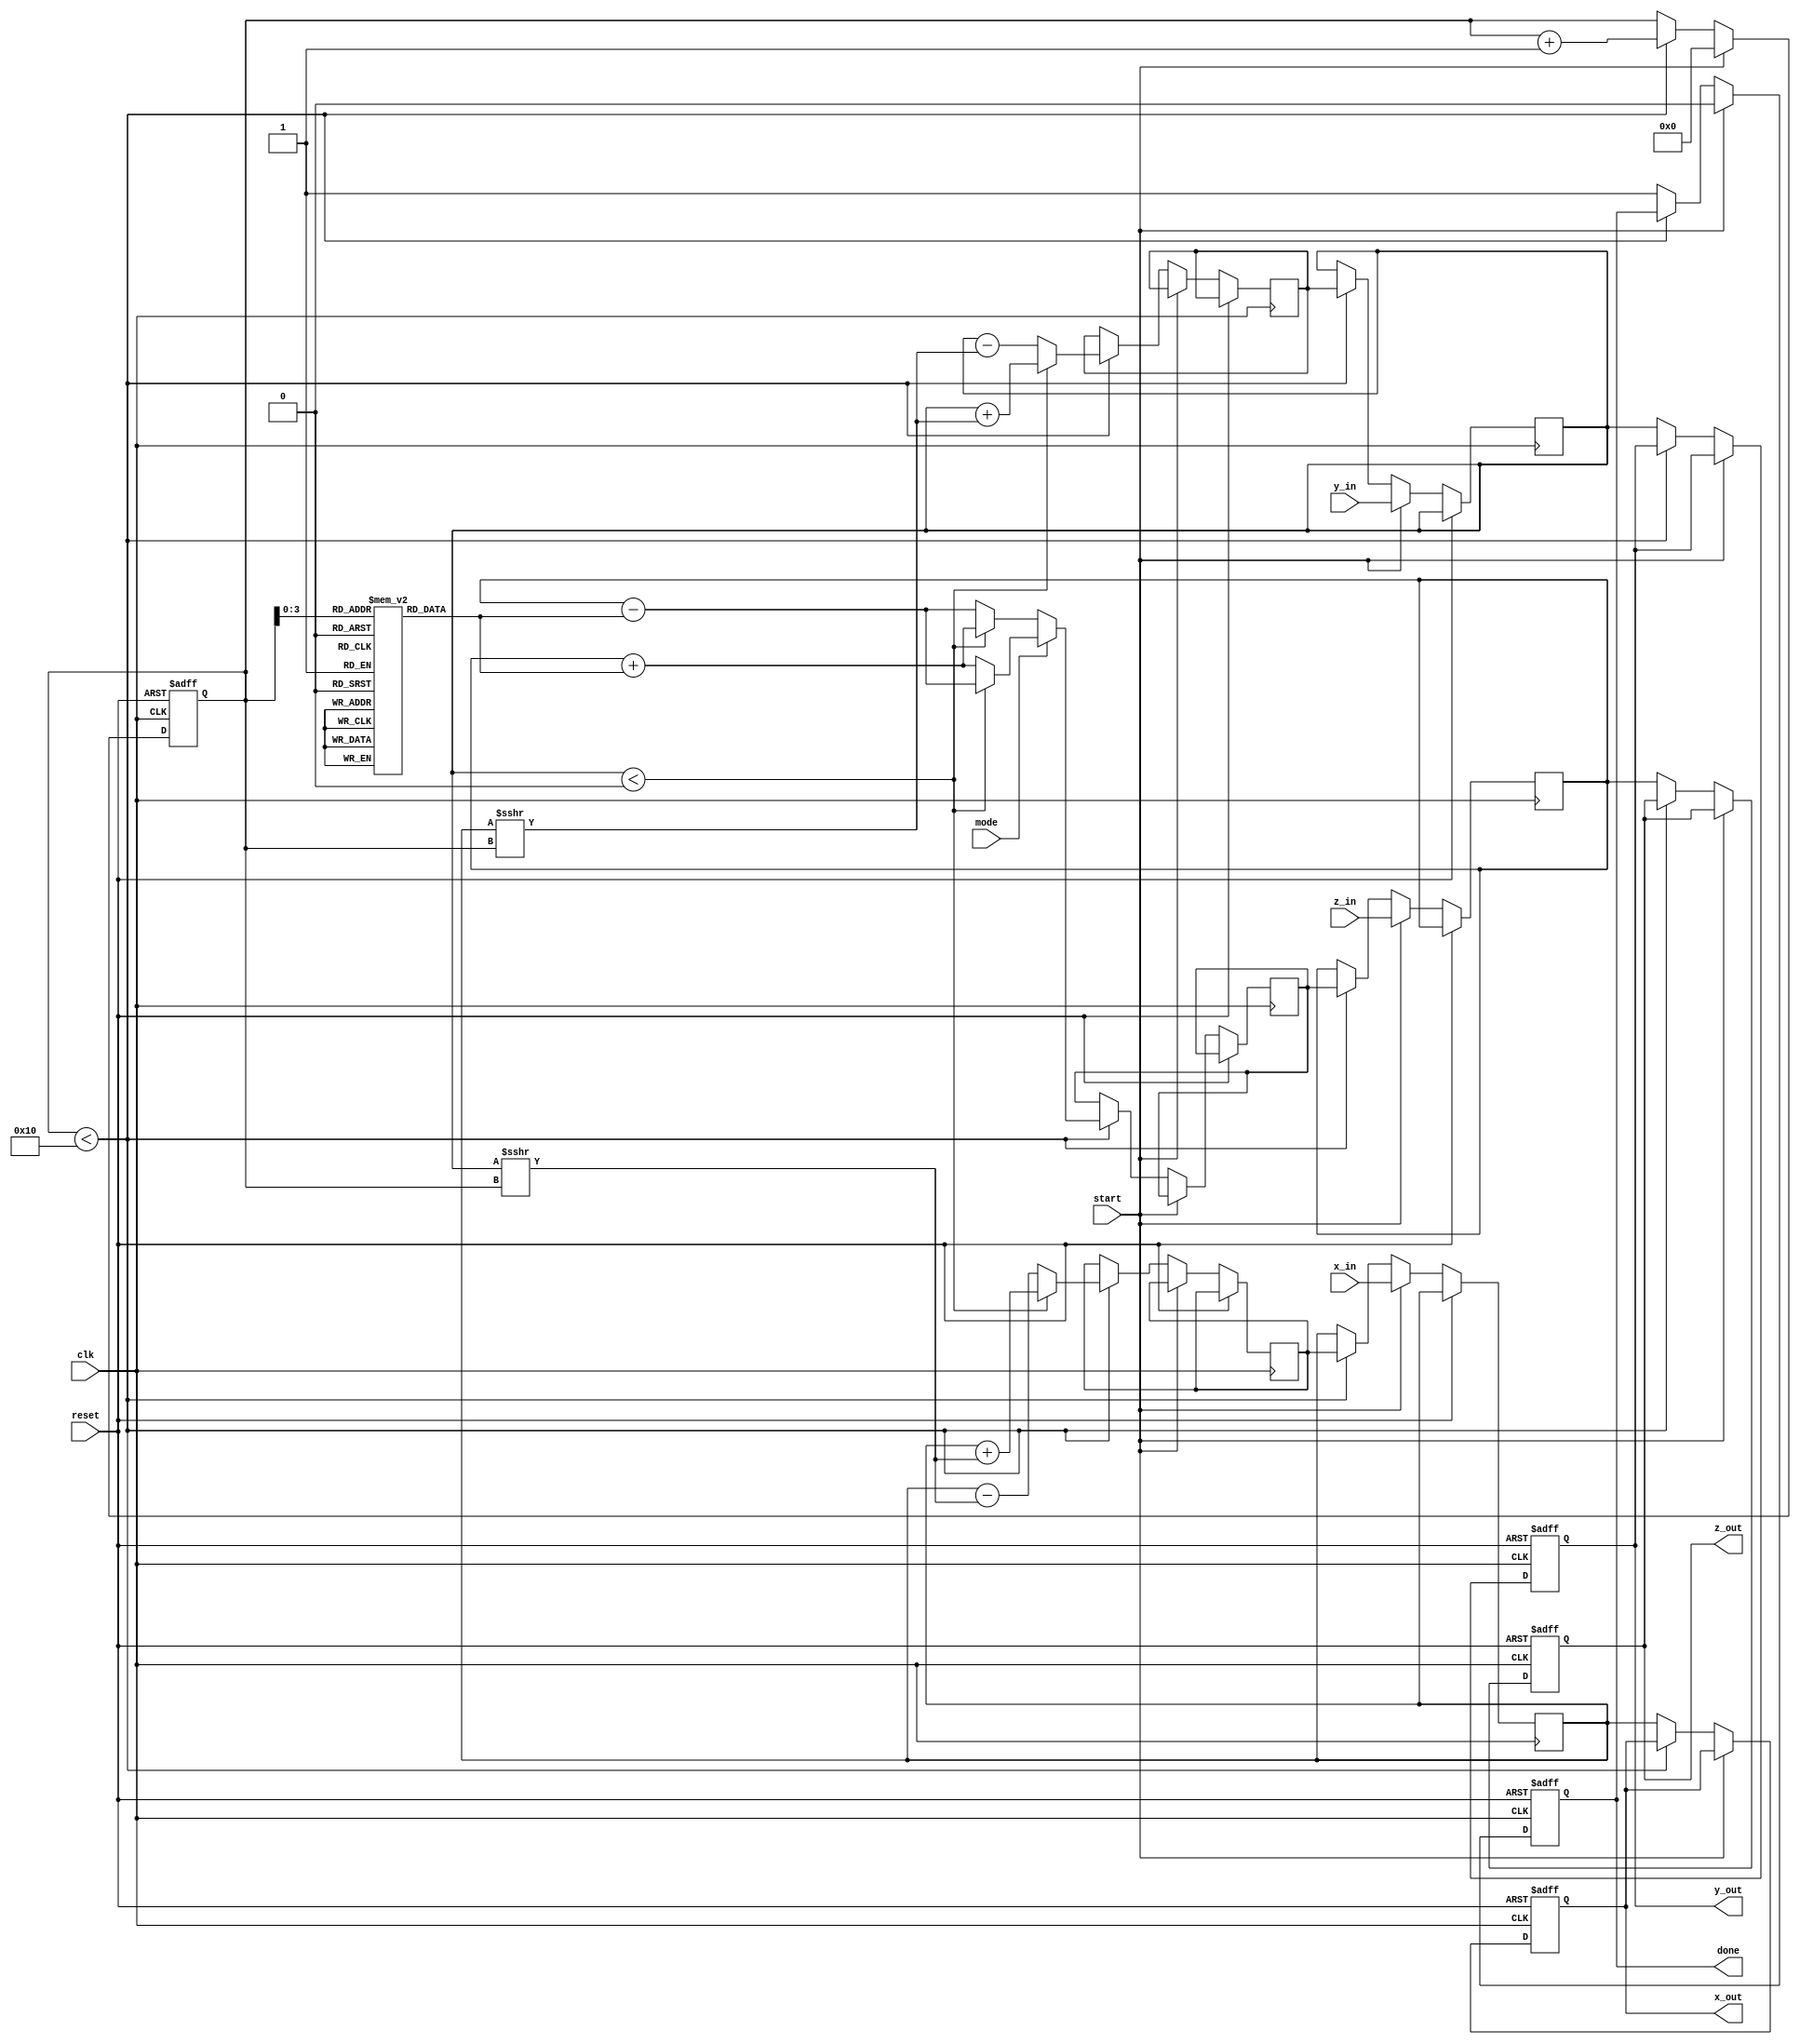
module cordic #(parameter WIDTH = 16, // Data width
                parameter ITERATIONS = 16) // Number of iterations
(
    input wire clk,
    input wire reset,
    input wire start,
    input wire mode, // 0 for rotation, 1 for vectoring
    input wire [WIDTH-1:0] x_in,
    input wire [WIDTH-1:0] y_in,
    input wire [WIDTH-1:0] z_in, // Angle for rotation mode
    output reg [WIDTH-1:0] x_out,
    output reg [WIDTH-1:0] y_out,
    output reg [WIDTH-1:0] z_out, // Angle for vectoring mode
    output reg done
);

    // CORDIC LUT for arctan values
    reg [WIDTH-1:0] atan_table [0:ITERATIONS-1];
    initial begin
        // Populate atan_table with precomputed arctan values
        atan_table[0] = 16'h26B2; // atan(2^-0)
        atan_table[1] = 16'h14B0; // atan(2^-1)
        atan_table[2] = 16'h0A5E; // atan(2^-2)
        // ... Fill in remaining values ...
        atan_table[15] = 16'h0000; // atan(2^-15)
    end

    // Internal registers
    reg [WIDTH-1:0] x_reg, y_reg, z_reg;
    reg [4:0] iteration_count;
    reg [WIDTH-1:0] x_temp, y_temp, z_temp;
    reg [WIDTH-1:0] scale_factor;
    
    always @(posedge clk or posedge reset) begin
        if (reset) begin
            x_out <= 0;
            y_out <= 0;
            z_out <= 0;
            done <= 0;
            iteration_count <= 0;
            scale_factor <= 16'h1; // Initial scale factor
        end else if (start) begin
            // Initialize inputs
            x_reg <= x_in;
            y_reg <= y_in;
            z_reg <= z_in;
            iteration_count <= 0;
            done <= 0;
        end else if (iteration_count < ITERATIONS) begin
            if (mode == 0) begin // Rotation mode
                if (y_reg < 0) begin
                    x_temp <= x_reg + (y_reg >>> iteration_count);
                    y_temp <= y_reg + (x_reg >>> iteration_count);
                    z_temp <= z_reg + atan_table[iteration_count];
                end else begin
                    x_temp <= x_reg - (y_reg >>> iteration_count);
                    y_temp <= y_reg - (x_reg >>> iteration_count);
                    z_temp <= z_reg - atan_table[iteration_count];
                end
            end else begin // Vectoring mode
                if (y_reg < 0) begin
                    x_temp <= x_reg + (y_reg >>> iteration_count);
                    y_temp <= y_reg + (x_reg >>> iteration_count);
                    z_temp <= z_reg - atan_table[iteration_count];
                end else begin
                    x_temp <= x_reg - (y_reg >>> iteration_count);
                    y_temp <= y_reg - (x_reg >>> iteration_count);
                    z_temp <= z_reg + atan_table[iteration_count];
                end
            end
            
            // Update registers for next iteration
            x_reg <= x_temp;
            y_reg <= y_temp;
            z_reg <= z_temp;
            iteration_count <= iteration_count + 1;
        end else begin
            // Final output
            x_out <= x_reg;
            y_out <= y_reg;
            z_out <= z_reg;
            done <= 1;
        end
    end
endmodule